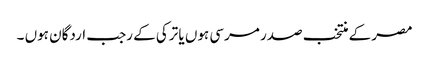
مصر کے منتخب صدر مرسی ہوں یا ترکی کے رجب اردگان ہوں ۔